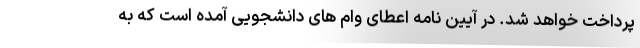
پرداخت خواهد شد. در آیین نامه اعطای وام های دانشجویی آمده است که به